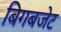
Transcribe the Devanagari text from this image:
बिगबजेट